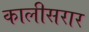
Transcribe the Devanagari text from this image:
कालीसरार